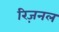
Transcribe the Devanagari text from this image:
रिज़नल